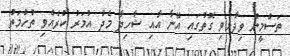
ތަސްމީން ވިދާޅުވި ގޮތުގައި އޭނާ އާއި ޝާހިދާ މެދު އުމަރު ކުރެއްވި ތުހުމަތު